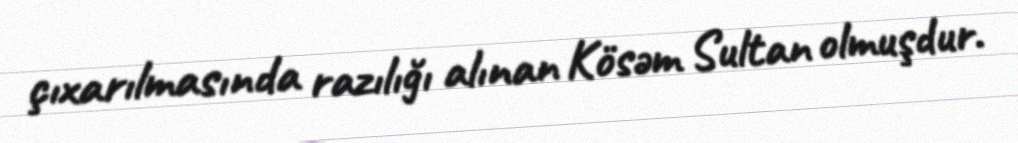
çıxarılmasında razılığı alınan Kösəm Sultan olmuşdur.